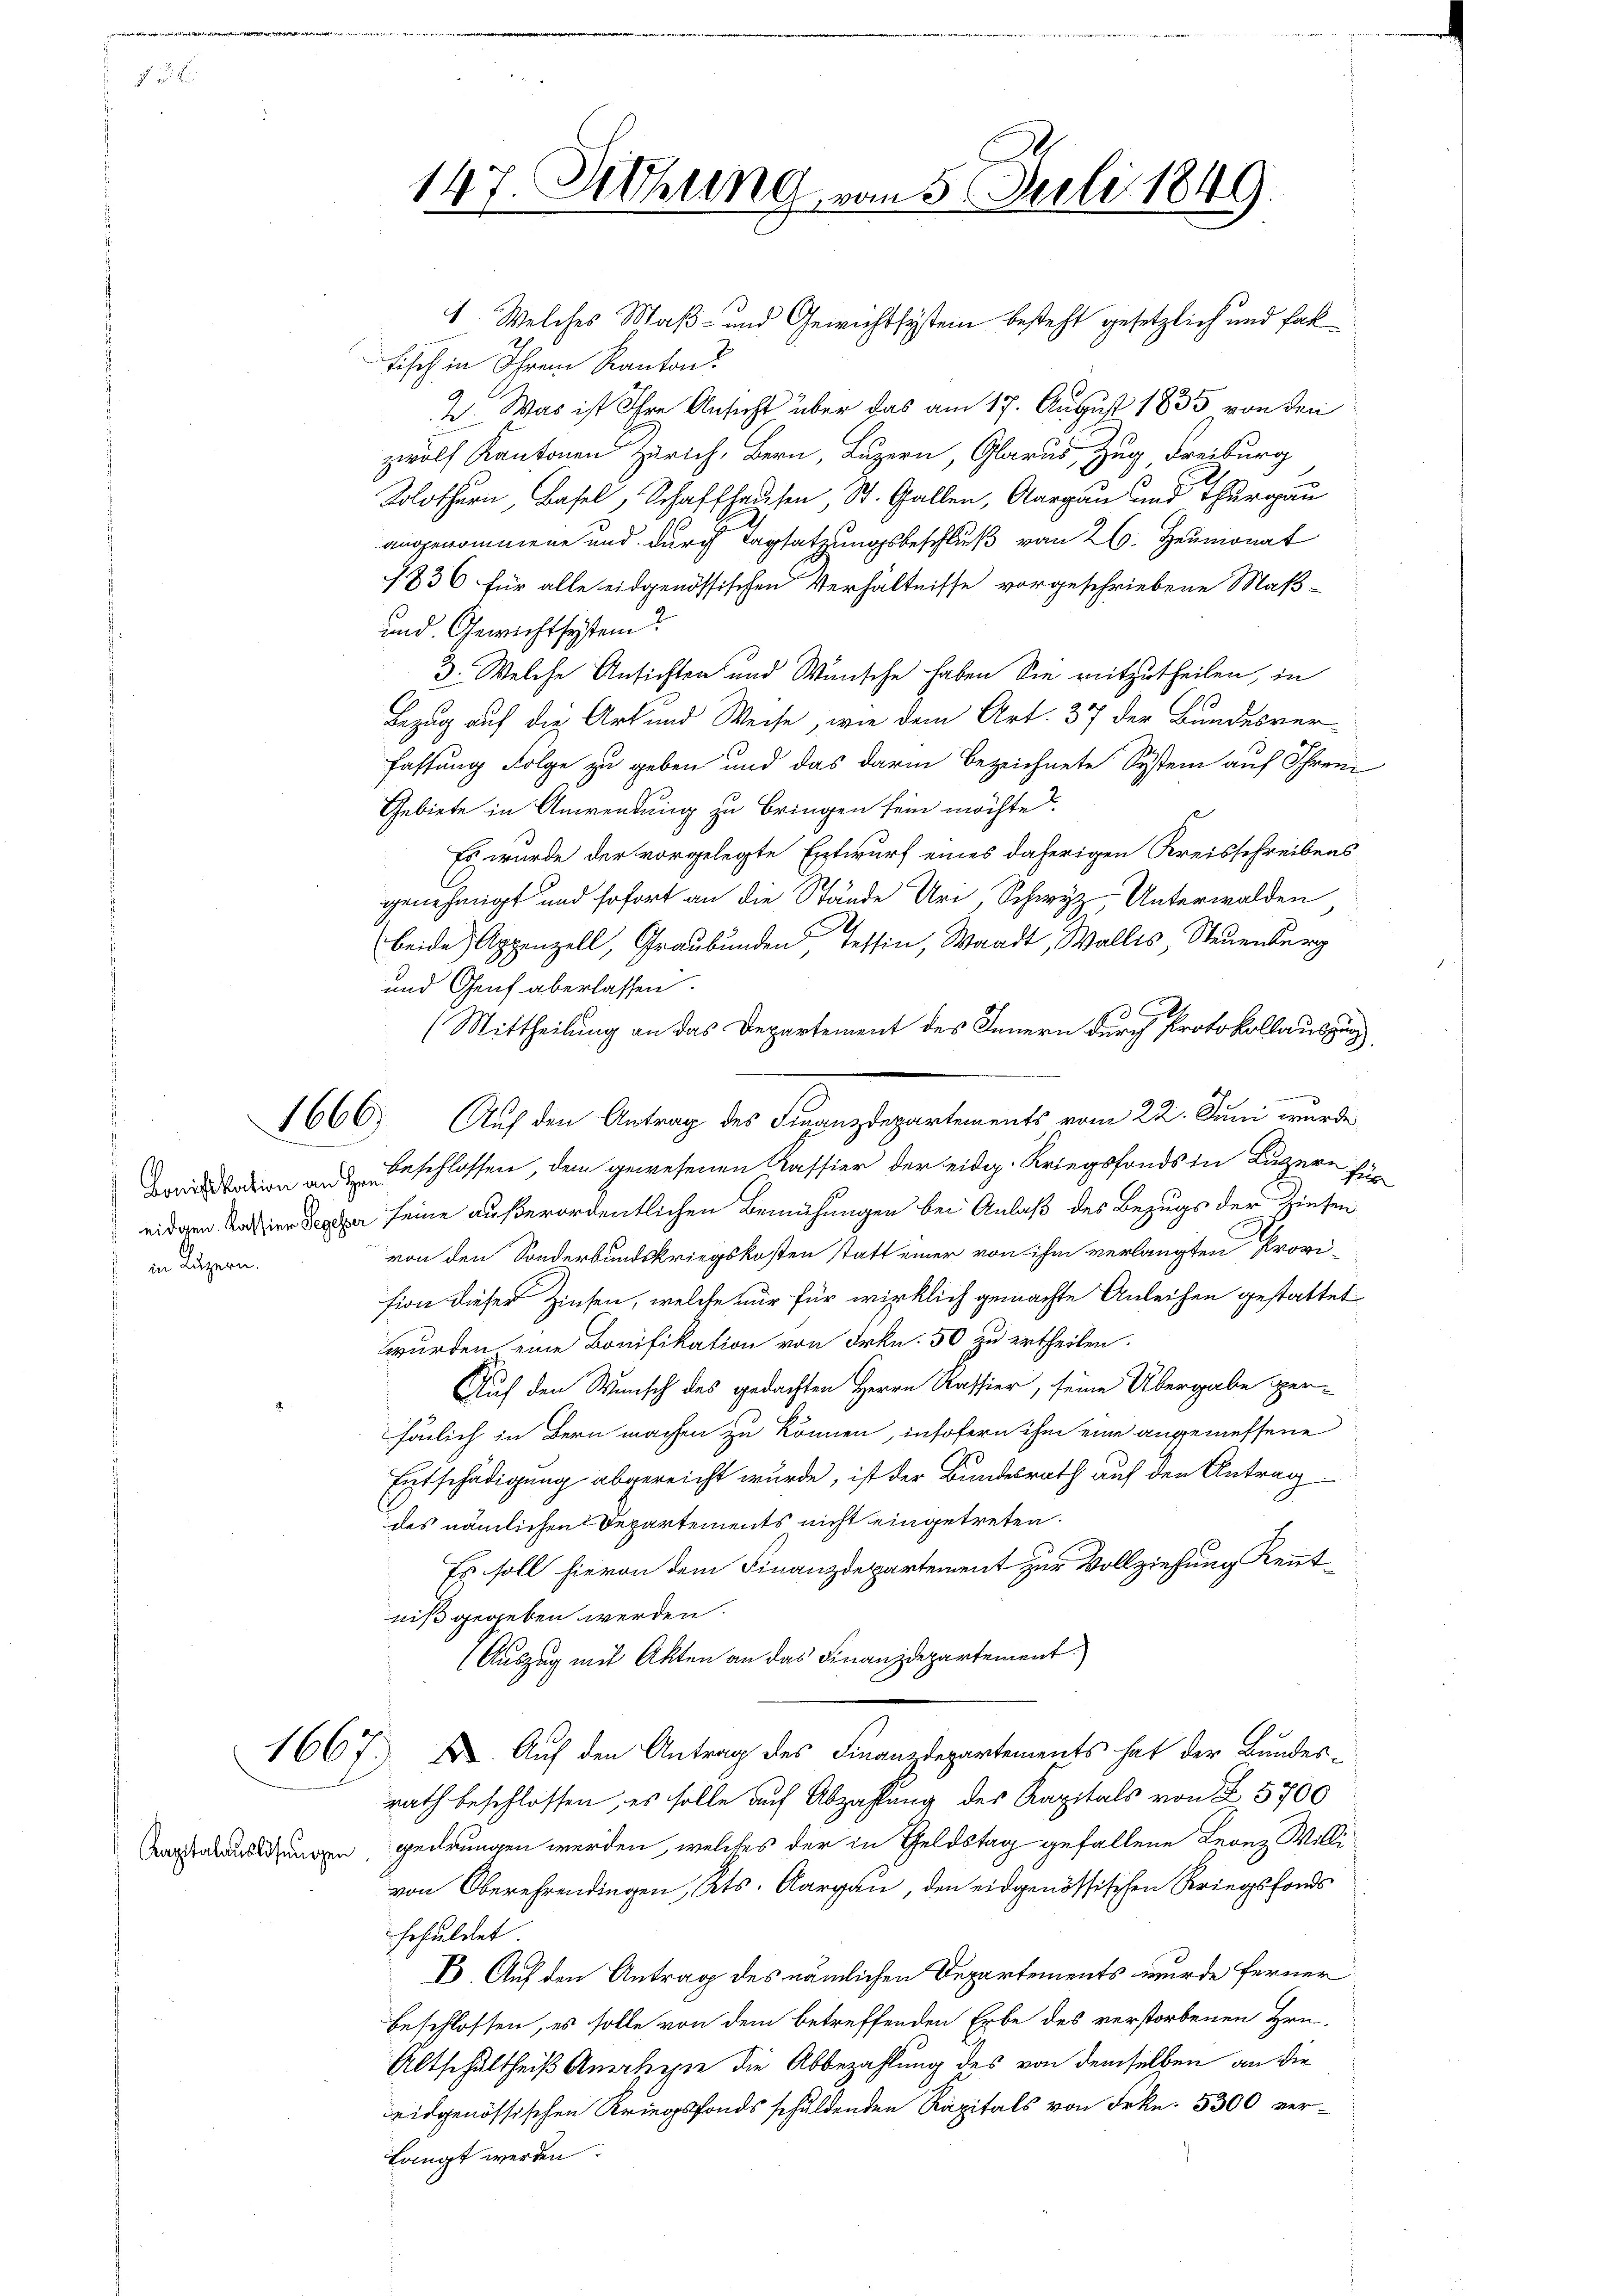
7

1666

in Luzern.

1. Welches Maß- und Gewichtsystem besteht gesetzlich und fall
Fisch in Ihrem Kanton
2. Was ist Ihre Ansicht über das am 17. August 1835 von den
zwölf Kantonen Zürich, Bern, Luzern, Glarus, Zug Freiburg
Kolothurn, Basel, Schaffhausen, St. Gallen, Aargau und Thurgau
angenommene und durch Tagsatzungsbeschluß vom 26. Heumonat
1336 für alle eidgenössischen Verhältnisse vorgeschriebene Maß¬
und Gewicht system
3. Welche Ansichten und Wünsche haben Sie mitzutheilen, in
Bezug auf die Art und Weise, wie dem Art. 37 der Bundesver-
fassung Folge zu geben und das darin bezeichnete System auf Schrei
Gebiete in Anwendung zu bringen sein möchte.
Es wurde der vorgelegte Entwurf eines daherigen Kreisschreibens
genehmigt und sofort an die Stände Uri Schwyz, Unterwalden
2.
beide Appenzell, Graubünden, Tessin, Waadt, Wallis, Steuenberg
und Genf aberlassen.
(Mittheilung an das Departement des Innern durch Protokollaus
.
eadion an Beschlossen, dem gewesenen Kassier der eidg. Kriegsfonds in Luzern für
eidgen. Die See seine außerordentlichen Bemühungen bei Anlaß des Bezugs der Tiefenvon den Sonderbundskriegskosten statt einer von ihm verlangten Provi-
sion dieser Zinsen, welche nur für wirklich gemachte Anleihen gestattet
wurden eine Bonifikation von Frkn. 50 zu ertheilen.
Auf den Wunsch des gedachten Herrn Kassier, seine Übergabe per-
fönlich in Bern machen zu können, insofern ihm eine angemessene
Entschädigung abgereicht wurde, ist der Bundesrath auf den Antrag
des nämlichen Departements nicht eingetreten.
Es soll hievon dem Finanzdepartement zur Vollziehung Kenntniß gegeben werden.
Auszug mit Akten an das Finanzdepartement.
1667. B. Auf den Antrag des Finanzdepartements hat der Bundesrath beschlossen, es solle auf Abzahlung des Kapitals von § 5700
Tapsalauslichungen gedrungen werden, welches der in Geldstag gefallene Leonz Willi
von Oberehrendingen, Kts. Aargau, den eidgenössischen Kriegsfonds
schuldet
B. Auf den Antrag des nämlichen Departements wurde ferner
beschlossen, es solle von dem betreffenden Erbe des verstorbenen Hrn.
Altschultheiß Anerkehre die Abbezahlung des von demselben an die
eidgenössischen Kriegsfonds schuldenden Kapitals von Frkn. 5300 verlangt werden.

147. Dechung von 5 Juli 1849.

Auf den Antrag des Finanzdepartements vom 22. Juni wurde